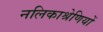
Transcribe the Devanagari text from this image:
नलिकाश्रेणियों